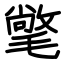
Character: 氅